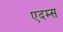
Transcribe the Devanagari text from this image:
एदम्स